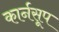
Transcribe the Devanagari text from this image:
कार्नसूप